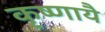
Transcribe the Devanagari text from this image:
कृष्णायै